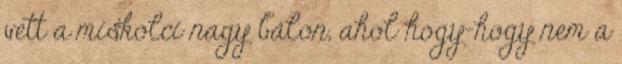
vett a miskolci nagy bálon, ahol hogy-hogy nem a